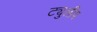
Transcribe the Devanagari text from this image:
ट्युलीप